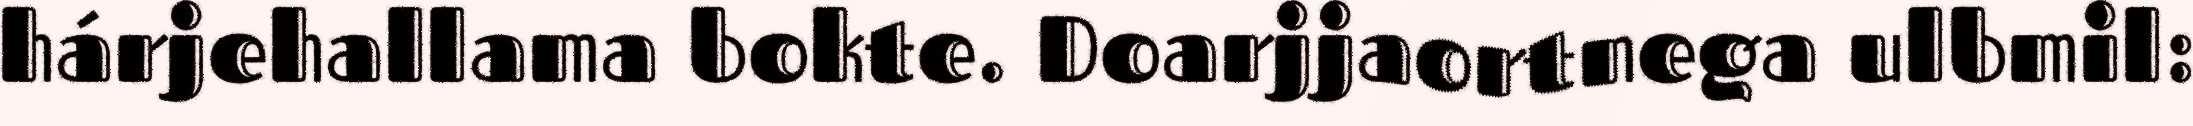
hárjehallama bokte. Doarjjaortnega ulbmil: